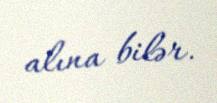
alına bilər.